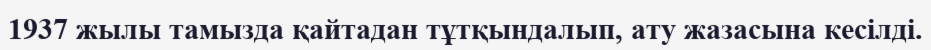
1937 жылы тамызда қайтадан тұтқындалып, ату жазасына кесілді.